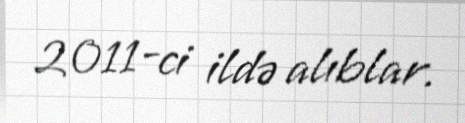
2011-ci ildə alıblar.